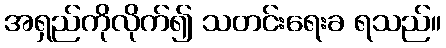
အရှည်ကိုလိုက်၍ သတင်းရေးခ ရသည်။